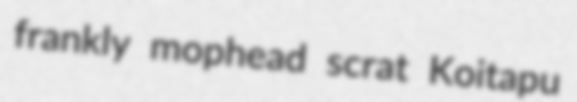
frankly mophead scrat Koitapu